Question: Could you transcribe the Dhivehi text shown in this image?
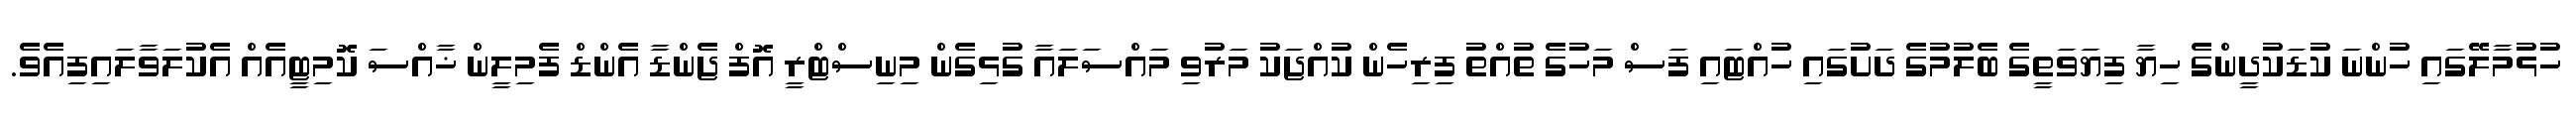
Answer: ހުޅުމާލޭގައި ހުންނަ ކުޑަކުދީންގެ ހިޔާ ފިޔަވަތީގެ ބެލުމުގެ ދަށުގައި ހުއްޓައި ފަސް މަހުގެ ތުއްތު ފިރިހެން ކުއްޖަކު މަރުވި މައްސަލައާ ގުޅިގެން މިނިސްޓްރީ އޮފް ޖެންޑާ އެންޑް ފެމިލީން ޚާއްސަ ކޮމިޓީއެއް އެކުލަވާލައިފިއެވެ.